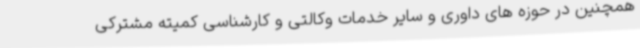
همچنین در حوزه های داوری و سایر خدمات وکالتی و کارشناسی کمیته مشترکی